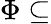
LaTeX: \Phi\subseteq